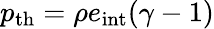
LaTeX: p_{\mathrm{th}}=\rho e_{\textrm{int}}(\gamma-1)